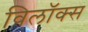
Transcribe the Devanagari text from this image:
विलॉक्स